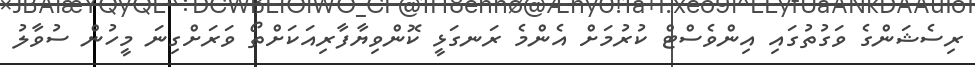
ރިސެޝަންގެ ވަގުތުގައި އިންވެސްޓް ކުރުމަށް އެންމެ ރަނގަޅީ ކޮންވިޔާފާރިއަކަށްތޯ ވަރަށްގިނަ މީހުން ސުވާލު